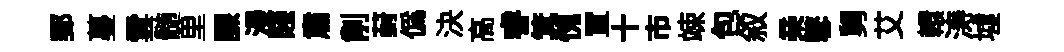
郵蔓雲髄里課漫賤肅削葑僞決高睿箕愧罝十市竦包叙亲鼕舅艾轘涛墟